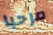
مرحبا